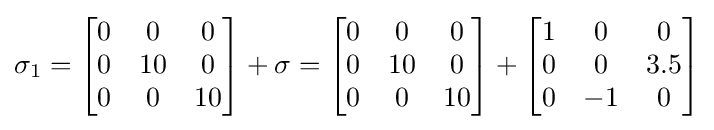
\sigma _{1}=\left[{\begin{matrix}0&0&0\\0&10&0\\0&0&10\\\end{matrix}}\right]+\mathbf {\sigma } =\left[{\begin{matrix}0&0&0\\0&10&0\\0&0&10\\\end{matrix}}\right]+\left[{\begin{matrix}1&0&0\\0&0&3.5\\0&-1&0\\\end{matrix}}\right]